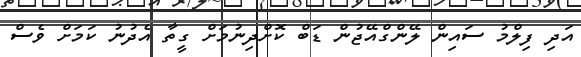
އަދި ފިލްމު ސައިން ލޭންގްއޭޖުން ޑަބް ކޮށްދިނުމަށް ގީތާ އެދުނު ކަމަށް ވެސް